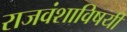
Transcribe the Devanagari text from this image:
राजवंशाविषयी